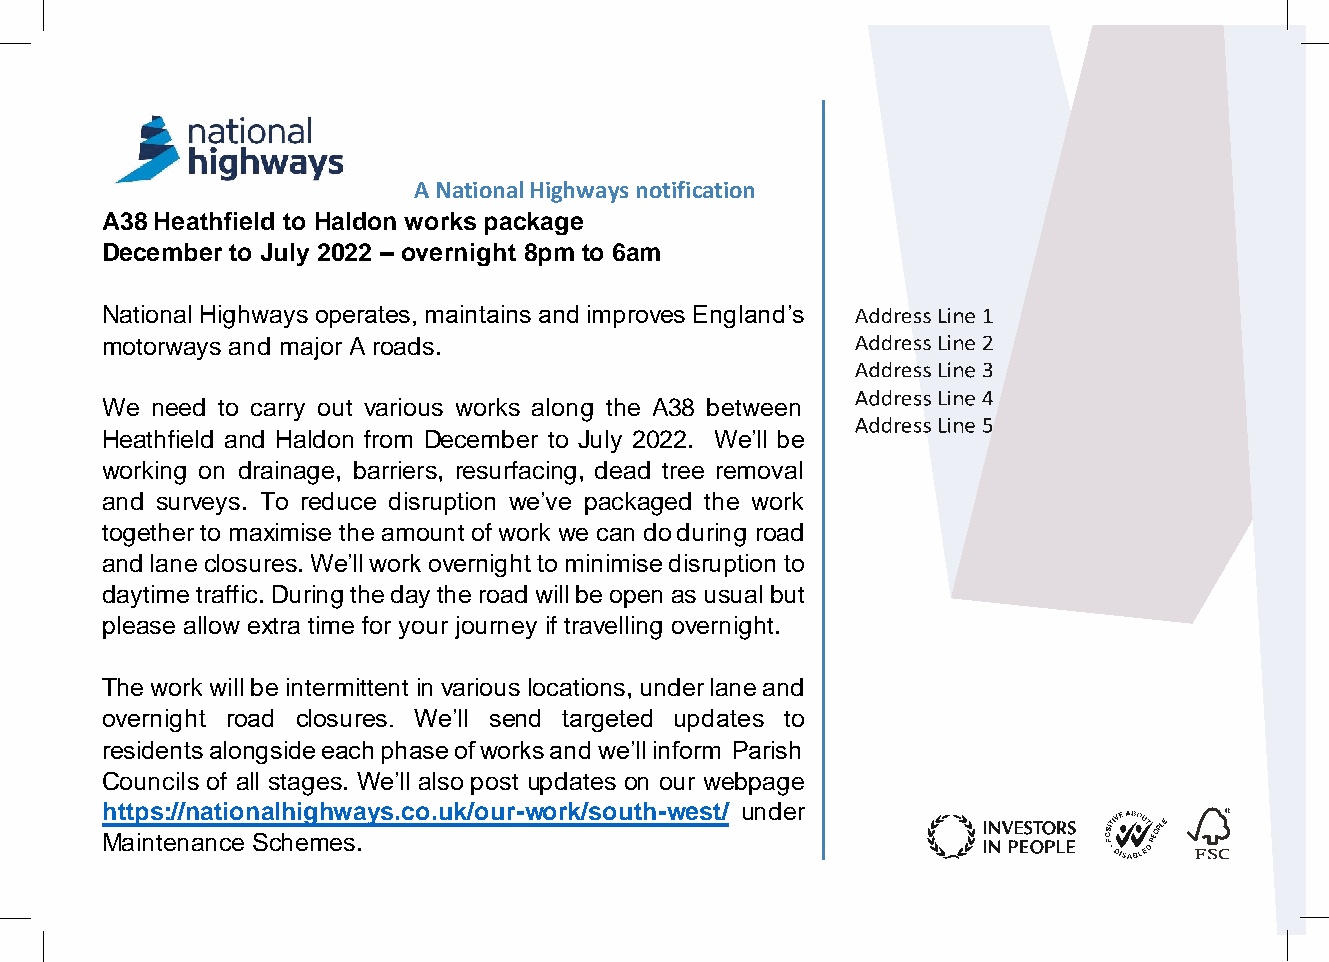
A National Highways notification
 A38 Heathfield to Haldon works package
 December to July 2022 – overnight 8pm to 6am
 National Highways operates, maintains and improves England’s
 motorways and major A roads.
 We need to carry out various works along the A38 between
 Heathfield and Haldon from December to July 2022. We’ll be
 working on drainage, barriers, resurfacing, dead tree removal
 and surveys. To reduce disruption we’ve packaged the work
 together to maximise the amount of work we can do during road
 and lane closures. We’ll work overnight to minimise disruption to
 daytime traffic. During the day the road will be open as usual but
 please allow extra time for your journey if travelling overnight.
 The work will be intermittent in various locations, under lane and
 overnight road closures. We’ll send targeted updates to
 residents alongside each phase of works and we’ll inform Parish
 Councils of all stages. We’ll also post updates on our webpage
 https://nationalhighways.co.uk/our-work/south-west/ under
 Maintenance Schemes.